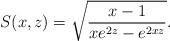
LaTeX: \begin{align*}S(x,z)=\sqrt{\frac{x-1}{xe^{2z}-e^{2xz}}}.\end{align*}